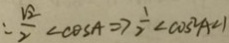
: \frac { \sqrt { 2 } } { 2 } \angle \cos A \Rightarrow \frac { 1 } { 2 } \angle \cos ^ { 2 } A \angle 1